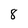
Character: 8